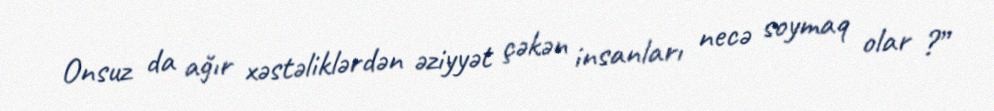
Onsuz da ağır xəstəliklərdən əziyyət çəkən insanları necə soymaq olar ?”